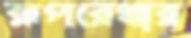
রূপরেখার